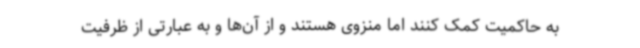
به حاکمیت کمک کنند اما منزوی هستند و از آن‌ها و به عبارتی از ظرفیت